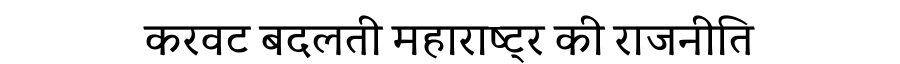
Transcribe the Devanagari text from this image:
करवट बदलती महाराष्ट्र की राजनीति